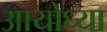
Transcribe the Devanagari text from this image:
अायोध्या